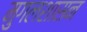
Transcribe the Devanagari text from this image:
मुगलशासन